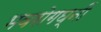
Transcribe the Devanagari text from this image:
भवरोगघ्नीं